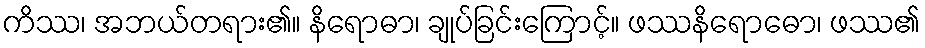
ကိဿ၊ အဘယ်တရား၏။ နိရောဓာ၊ ချုပ်ခြင်းကြောင့်။ ဖဿနိရောဓော၊ ဖဿ၏